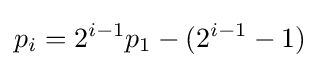
p_{i}=2^{i-1}p_{1}-(2^{i-1}-1)